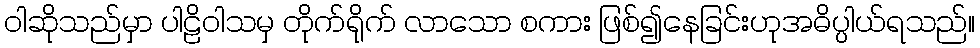
ဝါဆိုသည်မှာ ပါဠိဝါသမှ တိုက်ရိုက် လာသော စကား ဖြစ်၍နေခြင်းဟုအဓိပ္ပါယ်ရသည်။